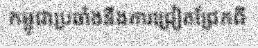
កម្ពុជាប្រឆាំងនឹងការជ្រៀតជ្រែកពី